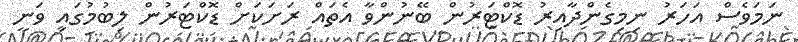
ނަމަވެސް އަހަރު ނިމިގެންދާއިރު ޑޮކްޓަރުން ބޭނުންވާ އެތައް ރަށަކަށް ޑޮކްޓަރުން ލިބުމުގައި ވަނީ